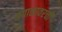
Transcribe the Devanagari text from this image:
कपाळावरची